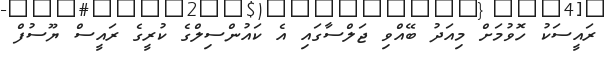
ރައީސަކު ހޮވުމަށް މިއަދު ބޭއްވި ޖަލްސާގައި އެ ކައުންސިލްގެ ކުރީގެ ރައީސް ޔޫސުފް